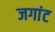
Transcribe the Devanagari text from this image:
जगांट